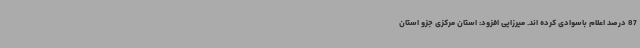
87 درصد اعلام باسوادی کرده اند. میرزایی افزود: استان مرکزی جزو استان